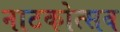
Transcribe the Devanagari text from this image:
नाटकोत्सव